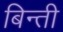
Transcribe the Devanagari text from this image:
बिन्ती